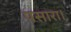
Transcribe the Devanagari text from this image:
पसारा।